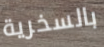
بالسخرية